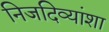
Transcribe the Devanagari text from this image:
निजदिव्यांशा